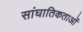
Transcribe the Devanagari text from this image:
सांघातिकताओं